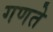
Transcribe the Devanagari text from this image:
गणते